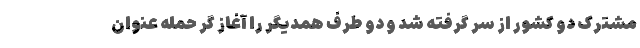
مشترک دو کشور از سر گرفته شد و دو طرف همدیگر را آغاز گر حمله عنوان